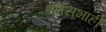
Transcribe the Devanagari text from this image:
धर्मसभाही